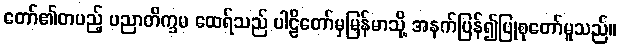
တော်၏တပည့် ပညာတိက္ခမ ထေရ်သည် ပါဠိတော်မှမြန်မာသို့ အနက်ပြန်၍ပြုစုတော်မူသည်။